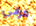
فراني